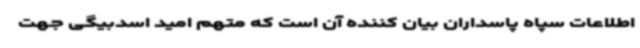
اطلاعات سپاه پاسداران بیان کننده آن است که متهم امید اسدبیگی جهت